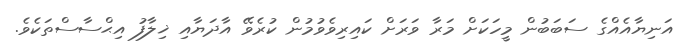
އަނިޔާއެއްގެ ސަބަބުން މީހަކަށް މަރާ ވަރަށް ކައިރިވެވުމުން ކުރެވޭ އާދަޔާއި ޚިލާފު އިޙްސާސްތަކެވެ.